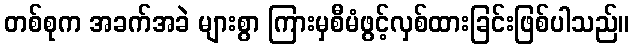
တစ်စုက အခက်အခဲ များစွာ ကြားမှစီမံဖွင့်လှစ်ထားခြင်းဖြစ်ပါသည်။